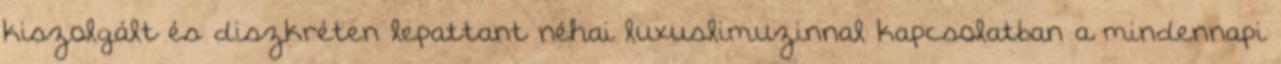
kiszolgált és diszkréten lepattant néhai luxuslimuzinnal kapcsolatban a mindennapi